Calcutta medical institutions reports 1879-81 [i.e.91]
Year: 1879
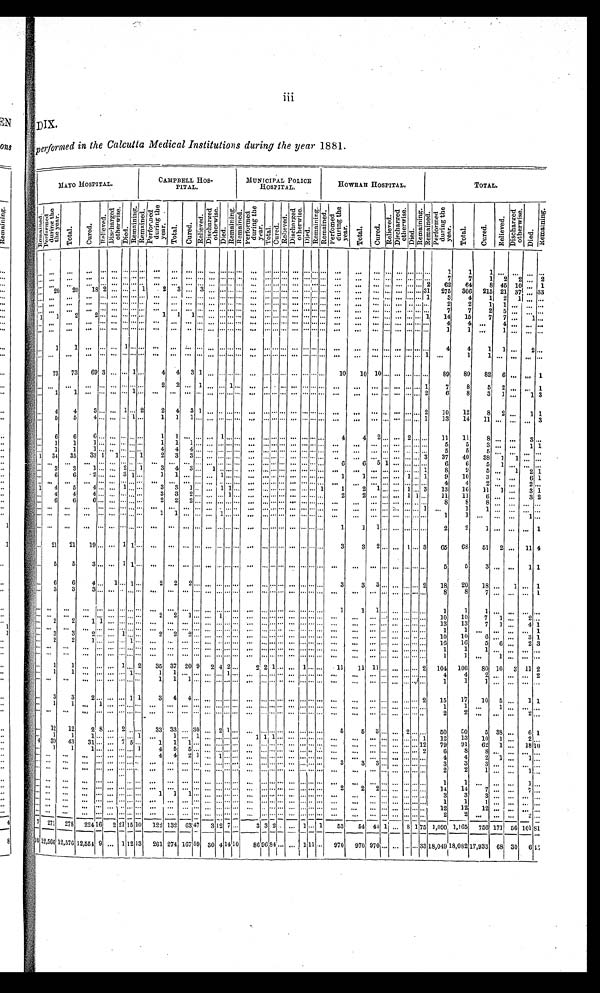
DIX.
p e r f o r m e d i n t h e C a l c u t t a M e d i c a l I n s t i t u t i o n s d u r i n g t h e y e a r 1 8 8 1 .
M A Y O H O S P I T A L .
C A M P B E L L H O S -
P I T A L .
MUNICIPAL POLICE
HOSPITAL.
H O W R A H H O S P I T A L .
T O T A L .
R e m a i n e d .
P e r f o r m e d d u r i n g t h e y e a r . T o t a l .
C u r e d .
R e l i e v e d .
D i s c h a r g e d o t h e r w i s e .
D i e d
.
R e ma i n i n g .
R e m a i n e d .
P e r f o r m e d d u r i n g t h e y e a r .
T o t a l .
C u r e d .
R e l i e v e d .
D i s c h a r g e d o t h e r w i s e .
D i e d .
R e m a i n i n g . R e m a i n e d . P e r f o r m e d d u r i n g t h e y e a r .
T o t a l . C u r e d .
R e l i v e d .
D i s c h a r g e d o t h e r w i s e . D i e d .
R e m a i n i n g . R e m a i n e d .
P e r f o r m e d d u r i n g t h e y e a r .
T o t a l .
C u r e d .
R e l i e v e d .
D i s c h a r g e d o t h e r w i s e .
D i e d .
R e m a i n i n g .
R e m a i n e d .
P e r f o r m e d d u r i n g t h e y e a r.
T o t a l .
C u r e d .
R e l i e v e d .
D i s c h a r g e d o t h e r w i s e .
D i e d .
Re ma i n i n g .
. . .
. . .
. . .
. . . ...
. . . . . .
... . . .
. . .
. . .
. . . . . .
. . . . . . . . . . . .
. . . . . . . . . . . .
. . . . . . . . . . . .
. . .
. . .
. . . . . .
. . . . . . . . . . . .
1
1
1
. . .
. . .
. . .
...
. . .
. . .
. . .
. . . ...
. . . . . . ... . . . . . .
. . .
. . . . . .
. . . . . . . . . . . . ...
. . . . . . . . .
. . . . . . . . . . . .
. . .
. . .
. . . . . .
. . . . . . . . . . . .
7
7
1 2
2
. . . 2
. . . . . .
...
. . . ...
. . . . . .
... . . .
. . .
. . .
. . . . . .
. . . . . . . . . . . .
. . . . . . . . . . . .
. . . . . . . . . . . .
. . .
. . .
. . . . . .
. . . . . . . . . 2
62
64
8 45 10 ... 1
. . .
20
20
18 2 ...
. . . ... 1
2
3 ...
3 ...
. . . . . . ...
. . . . . . . . . ...
. . . . . . . . . ...
. . .
... ... ... ...
. . . 31
275
306
215 21 37
. . . 33
. . .
. . .
. . .
. . .
...
. . . . . .
... . . .
. . .
. . .
. . . . . .
. . . . . . . . . . . .
. . . . . . . . . . . .
. . . . . . . . . . . .
. . . ...
... ... ...
. . . . . . 1
3
4
1
2
1 ...
...
. . .
. . .
. . .
. . .
...
. . . . . .
... . . .
. . .
. . .
. . . . . .
. . . . . . . . . . . .
. . . . . . . . . . . .
. . . . . . . . . . . .
. . . ...
. . . . . .
. . . . . . . . . . . .
2
2
1
1 ... ... ...
. . .
. . .
. . .
. . .
...
. . . . . .
... . . .
. . .
. . .
. . . . . .
. . . . . . . . . . . .
. . . . . . . . . . . .
. . . . . . . . . . . .
. . . ...
. . . . . .
. . . . . . . . . . . .
7
7
2
5
. . .
. . .
...
1
1
2
2 ...
. . . . . .
... . . .
1
1
1 . . .
. . . . . . . . . . . . ... ... . . . . . .
. . . . . . . . . . . .
. . . ...
. . . ... ... ... ... 1
14
15
7
7 ...
1 ...
. . .
. . .
. . .
. . .
...
. . . . . .
... . . .
. . .
. . .
. . . . . .
. . . . . . . . . . . .
. . . . . . . . . . . .
. . . . . . . . . . . .
. . . ...
. . . . . .
. . . . . . . . . . . .
4
4 ...
4
. . .
. . .
...
. . .
. . .
. . .
. . .
...
. . . . . .
... . . .
. . .
. . .
. . . . . .
. . . . . . . . . . . .
. . . . . . . . . . . .
. . . . . . . . . . . .
. . . ...
. . . . . .
. . . . . . . . . . . .
1
1 ...
1
. . .
. . .
...
. . .
1
1
. . .
...
. . . . . .
... . . .
. . .
. . .
. . . . . .
. . . . . . . . . . . .
. . . . . . . . . . . .
. . . . . . . . . . . .
. . . ...
. . . . . .
. . . . . . . . . . . .
4
4
1
1 ...
2 ...
. . .
. . .
. . .
. . .
...
. . . . . .
... . . .
. . .
. . .
. . . . . .
. . . . . . . . . . . .
. . . . . . . . . . . .
. . . . . . . . . . . .
. . . ...
. . . . . .
. . . . . . . . . 1 . . .
1
1
. . .
. . .
. . .
...
. . . 73
73
69 3 ... ... 1 ...
4
4 3 1
. . . . . . . . . . . .
. . .
. . . . . . . . .
. . . . . . . . . . . .
10
10 10 ... ... ... ... ...
89
89
82
6 ... ... 1
. . .
. . .
...
. . . ...
. . . . . .
... . . .
2
2
. . . 1
. . . . . . 1 . . .
. . . . . . . . . . . .
. . . . . . . . . . . .
. . .
. . .
. . . . . .
. . . . . . . . . 1
7
8
5
2
. . .
. . . 1
. . .
1
1 ... ...
. . . . . .
1
. . .
. . .
. . .
. . . . . .
. . . . . . . . . . . .
. . . . . . . . . . . .
. . . . . . . . . . . .
. . .
. . .
. . . . . .
. . . . . . . . . 2
6
8
3 1 ...
1 3
. . .
4
4
3 ... ... 1 ... 2
2
4
3 1
. . . . . . . . . . . .
. . . . . . . . . . . .
. . . . . . . . . . . .
. . .
. . .
. . . . . .
. . . . . . . . . 2
1 0
1 2
8
2 ...
1 1
. . .
5
5
4 ...
. . . . . .
1
. . .
1
1
1 . . .
. . . . . . . . . . . .
. . . . . . . . . . . .
. . . . . . . . . . . .
. . .
. . .
. . . . . .
. . . . . . . . . 1
1 3
1 4
1 1
. . .
. . .
. . .
3
. . .
6
6
6 ...
. . . . . .
... . . .
1
1
. . . . . .
. . . 1 . . . . . .
. . . . . . . . . . . .
. . . . . . . . . . . .
4
4
2 . . . ...
2 . . . . . .
1 1
11
8
. . .
. . .
3 ...
. . .
1
1
1 ...
. . . . . .
... . . .
1
1
1 . . .
. . . . . . . . . . . .
. . . . . . . . . . . .
. . . . . . . . . . . .
. . .
. . .
. . . . . .
. . . . . . . . . . . .
5
5
3 ... ...
1 1
. . .
1
1
1 ...
. . . . . .
... . . .
4
4
4 . . .
. . . . . . . . . . . .
. . . . . . . . . . . .
. . . . . . . . . . . .
. . .
. . .
. . . . . .
. . . . . . . . . . . .
5
5
5 ...
. . .
. . .
...
1
34
35
33 1
1 ... ... 1
2
3
3 . . .
. . . . . . . . . . . .
. . . . . . . . . . . .
. . . . . . . . . . . .
. . .
. . .
. . . . . .
. . . . . . . . . 3
3 7
4 0
3 8
1
1 ... ...
. . .
. . .
. . .
. . .
...
. . . . . .
... . . .
. . .
. . .
. . . . . .
. . . . . . . . . . . .
. . . . . . . . . . . .
. . . . . . . . . . . .
6
6
5 1
. . . . . . . . . . . .
6
6
5
1 ...
. . . ...
. . .
3
3
1 ...
. . . 2 ... 1
3
4
3 ...
1 . . . . . . . . .
. . . . . . . . . . . .
. . . . . . . . . . . .
. . .
. . .
. . . . . .
. . . . . . . . . 1
8
9
5 ...
1
2 1
. . .
6
6
2 ...
. . . 3 1
. . .
1
1
. . . . . .
. . . 1 . . . . . .
. . . . . . . . . . . .
. . . . . . . . . . . .
1
1
. . . . . .
. . . 1 . . . 1
9
10
3 ... ...
6 1
. . .
. . .
. . .
. . .
...
. . . . .
.... . . .
. . .
. . .
. . . ...
. . . . . . . . . . . .
. . . . . . . . . . . .
. . . . . . . . . . . .
. . .
. . .
. . . . . .
. . . . . . . . . . . .
4
4
2
. . .
. . .
2 ...
1
4
5
4 ...
. . . 1 ... . . .
3
3
1 . . .
. . . 1 1 . . .
. . . . . . . . . . . .
. . . . . . . . . 1
1
2
1 ... ... 1 . . . 3
13
16
11
1 ...
3 1
. . .
4
4
4 ...
. . . . . .
... . . .
3
3
2 . . .
. . . . . . 1 . . .
. . . . . . . . . . . .
. . . . . . . . . . . .
2
2
. . . . . .
. . . 1 1 ...
11
11
6 ... ...
3 2
. . .
6
6
6 ...
. . . . . .
... . . .
2
2
2 . . .
. . . . . . . . . . . .
. . . . . . . . . . . .
. . . . . . . . . . . .
. . . ...
... ... ... ... ... . . .
8
8
8
. . .
. . .
. . .
...
. . .
. . . . . .
. . .
...
. . . . . .
... . . .
. . .
. . .
. . . . . .
. . . . . . . . . . . .
. . . . . . . . . . . . .
. . . . . . . . . . . .
. . . ...
... ...
. . . . . . . . . 1
. . .
1
1
. . .
. . .
. . .
...
. . .
. . . . . .
. . . ... ...
. . . ... . . .
1
1
. . . . . .
. . . 1 . . . . . .
. . . . . . . . . . . .
. . . . . . . . . . . .
. . .
. . .
. . . . . . . . . . . . . . . . . .
1
1
. . .
. . .
. . .
1 ...
. . .
. . . ...
. . . ...
. . . . . .
... . . .
. . .
. . .
. . . . . .
. . . . . . . . . . . .
. . . . . . . . . . . .
. . . . . . . . . . . .
1 1
1 . . .
. . . . . . . . . . . .
2
2
1 ...
...
...
1
. . .
21
21
19 ...
. . . 1 1
. . .
. . .
. . .
. . . . . .
. . . . . . . . . . . .
. . . . . . . . . . . .
. . . . . . . . . . . .
3
3
2 ... ...
1 . . . 3
65
6 8
51
2 ...
11 4
. . .
5
5
3 ...
. . . 1 1
. . .
. . .
. . .
. . . . . .
. . . . . . . . . . . .
. . . . . . . . . . . .
. . . . . . . . . . . .
. . .
. . .
. . . . . .
. . . . . . . . . . . .
5
5
3 ... ...
1 1
6
6
4 ...
1 . . .
1
. . .
2
2
2 . . .
. . . . . . . . . . . .
. . . . . . . . . . . .
. . . . . . . . . . . .
3
3
3 ... ... ... ... 2
18
20
18 ...
1 ... 1
. . .
3
3
3 ...
. . . . . .
... . . .
. . .
. . .
. . . . . .
. . . . . . . . . . . .
. . . . . . . . . . . .
. . . . . . . . . . . .
. . .
. . .
. . . . . .
. . . . . . . . . . . .
8
8
7
. . .
. . .
. . .
1
. . .
. . .
. . .
. . .
...
. . . . . .
... . . .
. . .
. . .
. . . . . .
. . . . . . . . . . . .
. . . . . . . . . . . .
. . . . . . . . . . . .
1
1
1 . . .
. . . . . . . . . . . .
1
1
1
. . .
. . .
. . .
...
. . . ...
...
... ... ... ... ... . . .
2
2
1 . . .
. . . 1 . . . . . .
. . . . . . . . . . . .
. . . . . . . . . . . .
. . .
. . .
. . . . . .
. . . . . . . . . . . .
1 0
1 0
7
1
. . .
2 ...
. . .
2
2
1 1
. . . . . .
... . . .
. . .
. . .
. . . . . .
. . . . . . . . . . . .
. . . . . . . . . . . .
. . . . . . . . . . . . . . .
...
... ... ... ... . . . . . .
13
13
7
1 ...
4 1
. . .
. . .
. . .
. . . ...
. . . . . .
... . . .
. . .
. . .
. . . . . .
. . . . . . . . . . . .
. . . . . . . . . . . .
. . . . . . . . . . . .
. . . ...
. . . . . .
. . . . . . . . . . . .
1
1
. . .
. . .
. . .
. . .
1
. . .
3
3
2 ... ... 1 ... . . .
2
2
2 . . . ... ... . . . . . . ... ... . . . . . .
. . . ... . . . ... ... ...
...
. . .
. . . . . . . . . . . .
10
10
6 ... ...
3 1
. . .
2
2
1 ...
. . . . . .
1
. . .
. . .
. . .
. . . . . .
. . . . . . . . . . . .
. . . . . . . . . . . .
. . . . . . . . . . . .
. . . ...
. . . . . .
. . . . . . . . . . . .
1 6
1 6
5
6 ...
2 3
. . . ...
...
... ... ...
. . .
... . . . . . .
. . . ... .... ...
. . . . ... . . . ...
. . . . . . . . . ...
. . . . . . . . . ...
. . . ... ... ... ... ... ...
1
1
1
. . .
. . .
. . .
...
. . . ...
...
. . . ... ...
. . .
... . . . ...
... ... ... ...
. . . . . . . . . ...
. . . . . . ... ...
. . . . . . . . . ...
...
. . . ... ...
. . . . . .
...
1
1 ...
1
. . .
. . .
...
. . .
1
1
. . . ... ... 1 ... 2
35 37 20 9
2 4 2 ...
2 2 1 . . . ... 1 . . . ...
11
11 11 ... ...
. . . . . . 2
104 106
80 10
3 11 2
. . .
1
1
. . . ...
. . . . . .
1
. . .
1
1
. . . . . .
. . . . . . 1 . . .
. . . . . . . . . . . .
. . . . . . . . . . . .
. . .
. . .
. . . . . .
. . . . . . . . . . . .
4
4
2
. . .
. . .
. . .
2
. . .
. . .
. . .
. . . ...
. . . . . .
... . . .
1
1
1 . . .
. . . . . . . . . . . .
. . . . . . . . . . . .
. . . . . . . . . . . .
. . .
. . .
. . . . . .
. . . . . . . . . . . .
1
1
1
. . .
. . .
. . .
...
. . .
3
3
2 ... ... ... 1 1
3
4
4 . . .
. . . . . . . . . . . .
. . . . . . . . . . . .
. . . . . . . . . . . .
. . .
...
. . . . . .
... ... ... 2
15
17
10
5 ...
1 1
. . .
1
1
. . .
1
. . . . . .
... . . .
. . .
. . .
. . . . . .
. . . . . . . . . . . .
. . . . . . . . . . . .
. . . . . . . . . . . .
. . .
...
. . . . . .
. . . . . . . . . . . .
1
1 ...
1
. . .
. . .
...
. . .
. . .
. . .
. . .
...
. . . . . .
... . . .
. . .
. . .
. . . . . .
. . . . . . . . . . . .
. . . . . . . . . . . .
. . . . . . . . . . . .
. . .
...
. . . . . .
. . . . . . . . . . . .
2
2
. . .
... ...
2 ...
. . .
12
12
2 8
. . . 2 ... . . .
3 3
3 3
. . . 3 0
. . . 2 1 . .
. . . . . . . . . . . .
. . . . . . . . . . . .
5
5
3 ...
. . . 2 ... ...
50
5O
5 38 ...
6 1
. . .
1
1
1 ...
. . . . . .
... 1
. . .
1
. . . 1
. . . . . . . . . . . .
1 1 1 . . .
. . . . . . . . . . . .
. . .
. . .
. . . . . .
. . . . . . . . . 1
1 2
1 3
1 0
1
. . .
2 ...
4
3 9
43
31 ... ...
7 5 . . .
1
1
1 . . .
. . . . . . . . . . . .
. . . . . . . . . . . .
. . . . . . . . . . . .
. . .
. . .
. . . . . .
. . . . . . . . . 12
79
91
62
1
. . .
1 8
10
. . .
1
1
1 ...
. . . . . .
... 1
4
5
5 . . .
. . . . . . . . . . . .
. . . . . . . . . . . .
. . . . . . . . . . . . ...
...
... ...
. . . . . . . . . 2
6
8
8
. . .
. . .
. . .
...
. . . . . .
...
. . .
...
. . . . . .
... . . .
4
4
2 1
. . . 1 . . . . . .
. . . . . . . . . . . .
. . . . . . . . . . . .
. . . ...
. . . . . .
. . . . . . . . . . . .
4
4
2
1 ...
1 ...
. . .
. . .
. . .
. . .
...
. . . . . .
... . . .
. . .
. . .
. . . . . .
. . . . . . . . . . . .
. . . . . . . . . . . .
. . . . . . . . . . . .
3 3
3 . . .
. . . . . . . . . . . .
3
3
3
. . .
. . .
. . .
...
. . .
. . .
. . .
. . .
...
. . . . . .
... . . .
. . .
. . .
. . . . . .
. . . . . . . . . . . .
. . . . . . . . . . . .
. . . . . . . . . . . .
. . .
...
. . . ... ...
. . . . . . . . . . . .
2
2
1
. . .
. . .
1 ...
. . . ...
. . .
. . .
...
. . . . . .
... . . .
. . .
. . .
. . . . . .
. . . . . . . . . . . .
. . . . . . . . . . . .
. . . . . . . . . . . .
. . . ...
. . . . . .
. . . . . . . . . . . .
1
1
. . .
. . .
. . .
1 ...
. . . ...
...
... ... ...
. . . ... . . .
. . .
. . .
. . . . . . ...
. . . . . . . . .
. . . ... . . . . . . ...
. . . . . . . . .
22
2 ... ...
. . . . . . . . .
14
14
7 ...
. . .
7 ...
. . . . . .
. . .
. . . ... ...
. . .... . . .
1
1
1 ...
. . . . . . . . . . . .
. . . . . . . . . . . .
. . . . . . . . . . . .
. . .
...
. . . . . .
. . . . . . . . . . . .
3
3
3
. . .
. . .
. . .
...
. . . . . .
. . .
. . . ...
. . . . . .
... . . .
. . .
. . .
. . . . . .
. . . . . . . . . . . .
. . . . . . . . . . . .
. . . . . . . . . . . .
. . .
...
. . . . . .
. . . . . . . . . . . .
1
1
1
. . .
. . .
. . .
...
. . .
. . .
. . .
. . . ...
. . . ... ... ...
. . .
. . .
. . . ...
. . . . . . . . . . . . ...
. . .
. . . . . . ... ...
. . . . . .
. . .
...
. . .
. . .
. . . . . . . . .
12
12
12 ... ... ... ...
. . .
. . . . . .
. . . ...
. . . . . . ... . . .
. . .
. . .
. . . . . .
. . . . . . . . . . . .
. . . . . . . . . . . .
. . . . . . . . . . . .
. . .
. . .
. . . . . .
. . . . . . . . . . . .
2
2
. . .
. . .
. . .
2 ...
7 271 278
224 16
2 21 15 10
122 132 63 47
3
12 7 . . .
3 3 2 . . . ... 1 ... 1
53
54
41 1 . . .
8 1 75 1,090 1,165
756 171 56 101 81
1 0
1 2 , 5 6 6 12,576 12,554 9 ... 1 12 13
261 274 167 59 30 4 14 10
86 9 6
8 4 . . .
. . .
1
1 1 . . .
970
970
9 7 0
. . .
... . . . ... 33 18,049 18,082 17,933 68 30
6
45